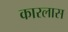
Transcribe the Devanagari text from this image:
कारलास